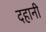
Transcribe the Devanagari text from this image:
दहानी